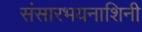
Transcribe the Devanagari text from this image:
संसारभयनाशिनी